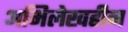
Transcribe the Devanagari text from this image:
अभिलेखहीन